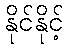
နိုင်နိုင့်